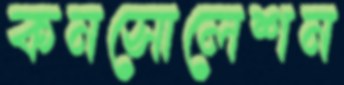
কনসোলেশন